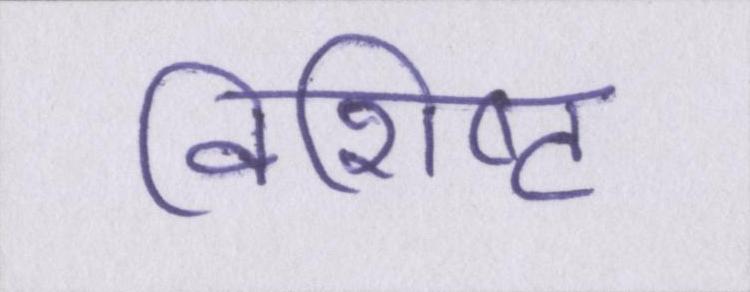
विशिष्ट